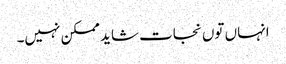
انہاں توں نجات شاید ممکن نہیں۔